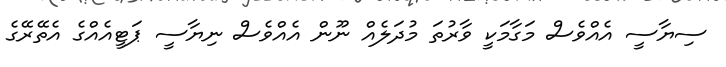
ސިޔާސީ އެއްވެސް މަގާމަކީ ވާރުތަ މުދަލެއް ނޫން އެއްވެސް ނިޔާސީ ޕަޓީއެއްގެ އެތޭރޭގެ